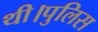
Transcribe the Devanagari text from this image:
थी।पुलिस